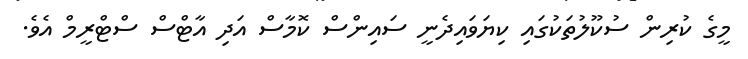
މީގެ ކުރިން ސުކޫލުތަކުގައި ކިޔަވައިދެނީ ސައިންސް ކޮމާސް އަދި އާޓްސް ސްޓްރީމް އެވެ.